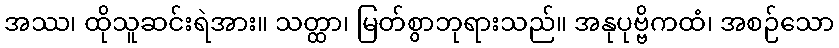
အဿ၊ ထိုသူဆင်းရဲအား။ သတ္ထာ၊ မြတ်စွာဘုရားသည်။ အနုပုဗ္ဗိကထံ၊ အစဉ်သော